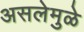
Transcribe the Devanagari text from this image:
असलेमुळे